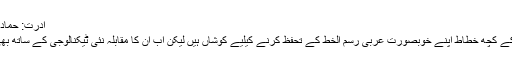
ادرت: حماد کیانی
لبنان کے کچھ خطاط اپنے خوبصورت عربی رسم الخط کے تحفظ کرنے کیلیے کوشاں ہیں لیکن اب ان کا مقابلہ نئی ٹیکنالوجی کے ساتھ بھی ہے۔